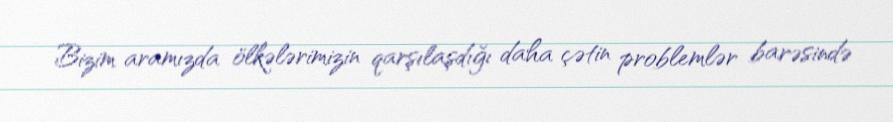
Bizim aramızda ölkələrimizin qarşılaşdığı daha çətin problemlər barəsində